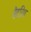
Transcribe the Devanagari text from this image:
बैटरिंग